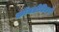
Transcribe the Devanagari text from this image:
कॉनडोटिएरो